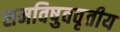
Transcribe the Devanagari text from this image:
समविषुववृतीय